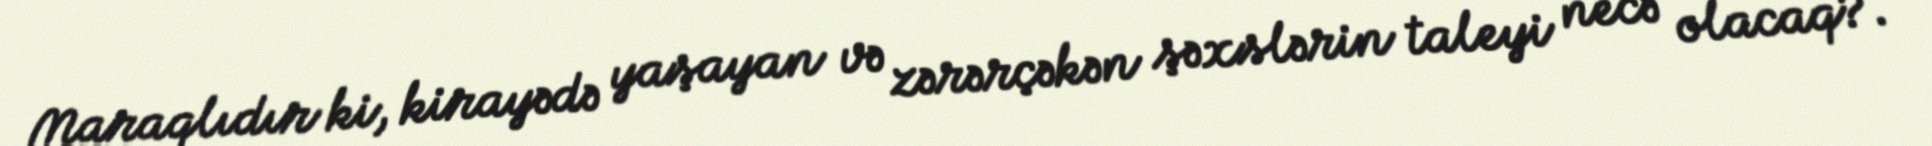
Maraqlıdır ki, kirayədə yaşayan və zərərçəkən şəxslərin taleyi necə olacaq?.